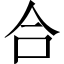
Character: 合